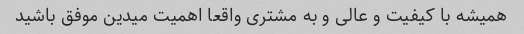
همیشه با کیفیت و عالی و به مشتری واقعا اهمیت میدین موفق باشید